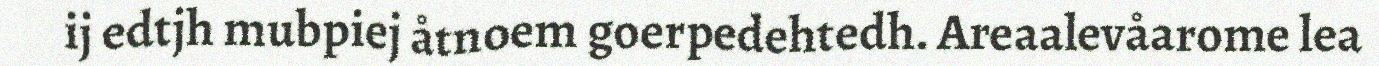
ij edtjh mubpiej åtnoem goerpedehtedh. Areaalevåarome lea